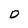
Character: D